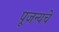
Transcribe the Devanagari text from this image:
पूजन्यचे